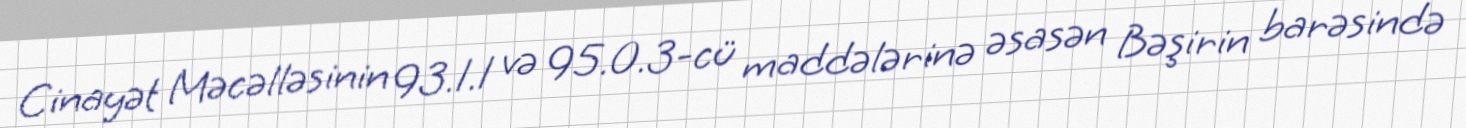
Cinayət Məcəlləsinin 93.1.1 və 95.0.3-cü maddələrinə əsasən Bəşirin barəsində